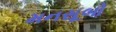
મનસૂબો